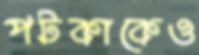
পটকাকেও